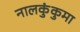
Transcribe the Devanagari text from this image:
नालकुंकुमा